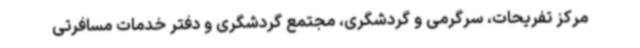
مرکز تفریحات، سرگرمی و گردشگری، مجتمع گردشگری و دفتر خدمات مسافرتی